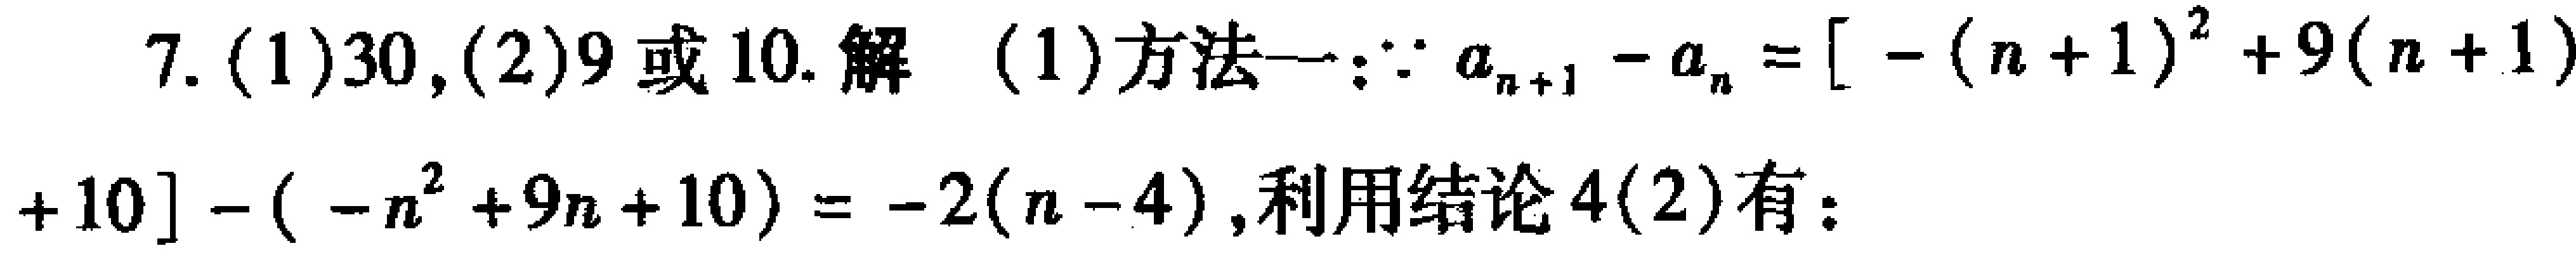
7. (1)$30$,(2)$9$或$10$. 解 (1)方法一:$\because a_{n + 1} - a_{n} = [-(n + 1)^{2} + 9(n + 1)+10]-(-n^{2}+9n + 10)=-2(n - 4)$,利用结论$4(2)$有: